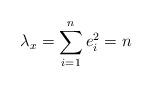
LaTeX: \begin{align*}\lambda_{x}=\sum_{i=1}^{n}e_{i}^{2}=n \end{align*}